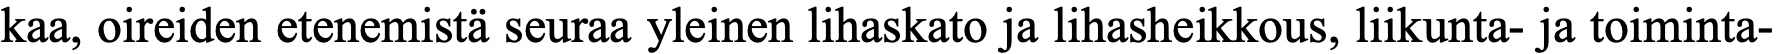
kaa, oireiden etenemistä seuraa yleinen lihaskato ja lihasheikkous, liikunta- ja toiminta-